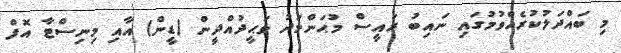
މި ބައްދަލުކުރެއްވުމުގައި ނައިބު ރައީސް މުޙަންމަދު ވަޙީދުއްދީން (ޑީން) އާއި މިނިސްޓާ އޮފް